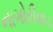
નાગોરીવાડ